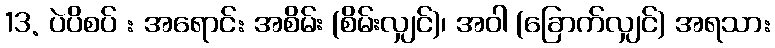
13. ပဲပိစပ် : အရောင်: အစိမ်း (စိမ်းလျှင်)၊ အဝါ (ခြောက်လျှင်) အရသာ: